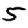
Digit: 5